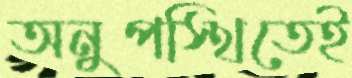
অনুপস্থিতেই